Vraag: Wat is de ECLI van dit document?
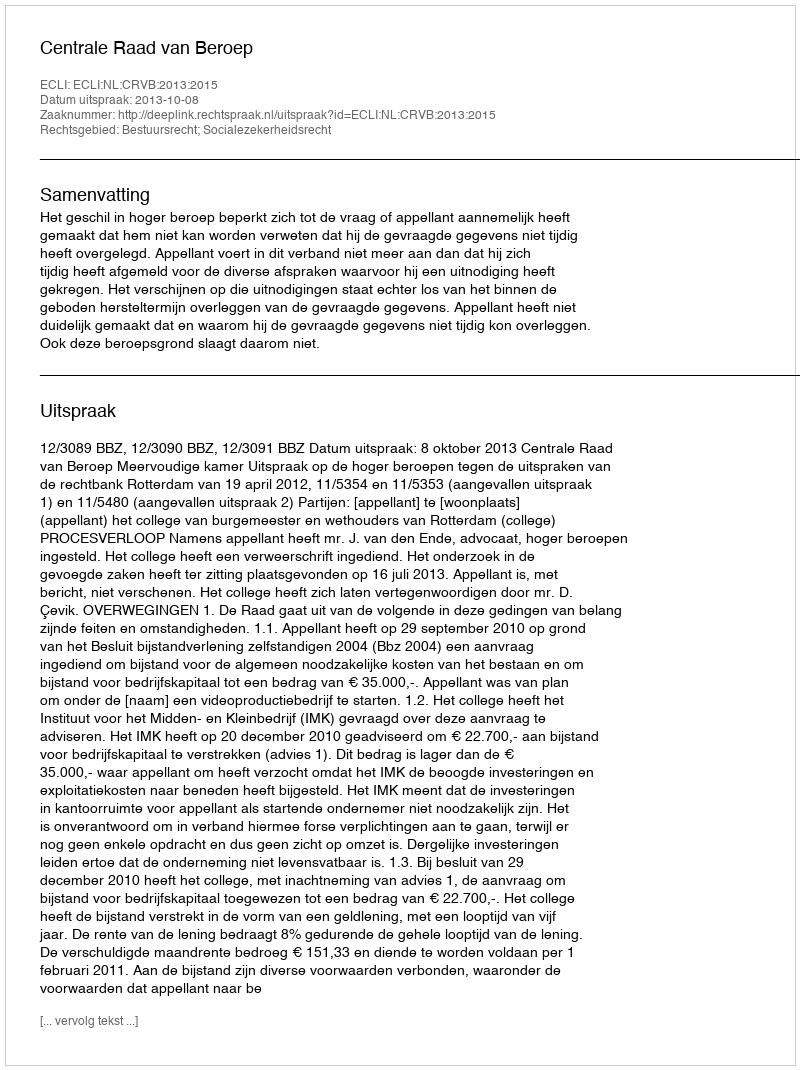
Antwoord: ECLI:NL:CRVB:2013:2015